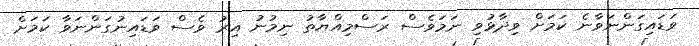
ވަޑައިގަންނަވާނެ ކަމަށް ވިދާޅުވި ނަމަވެސް ރަސްމިއްޔާތު ނިމުނު އިރު ވެސް ވަޑައިނުގަންނަވާ ކަމަށް